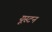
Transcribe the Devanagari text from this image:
यूस्टन